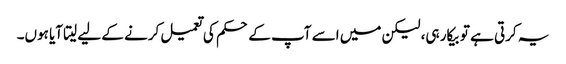
یہ کرتی ہے تو بیکار ہی، لیکن میں اسے آپ کے حکم کی تعمیل کرنے کے لیے لیتا آیا ہوں۔